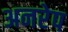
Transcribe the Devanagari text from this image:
अनरेप